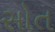
સોત